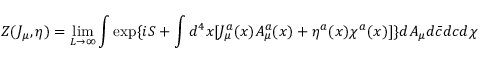
Z ( J _ { \mu } , \eta ) = \operatorname * { l i m } _ { L \rightarrow \infty } \int \exp \{ i S + \int d ^ { 4 } x [ J _ { \mu } ^ { a } ( x ) A _ { \mu } ^ { a } ( x ) + \eta ^ { a } ( x ) \chi ^ { a } ( x ) ] \} d A _ { \mu } d \bar { c } d c d \chi